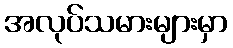
အလုပ်သမားများမှာ